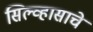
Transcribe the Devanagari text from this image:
सिल्व्हासाचे